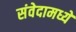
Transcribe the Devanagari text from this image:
संवेदामध्ये